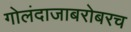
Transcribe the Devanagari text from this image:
गोलंदाजाबरोबरच